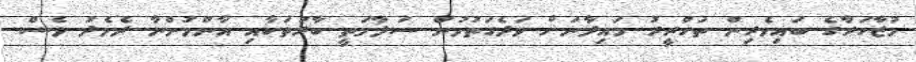
މުޒާހަރާގެ ބައިވެރިން ތަހްރީރު މައިދާނަށް ވަދެގަތުމުން ސަލާމަތީ ބާރުތަކާއި އާންމުންނާ ދެމެދު ވެސް